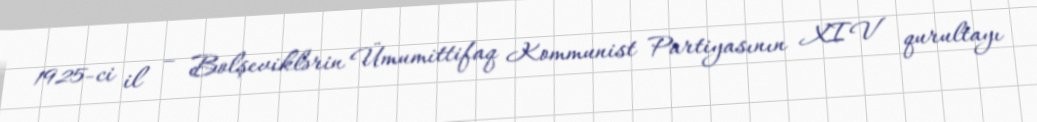
1925-ci il – Bolşeviklərin Ümumittifaq Kommunist Partiyasının XIV qurultayı